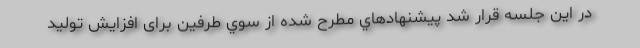
در این جلسه قرار شد پيشنهادهاي مطرح شده از سوي طرفين برای افزايش توليد